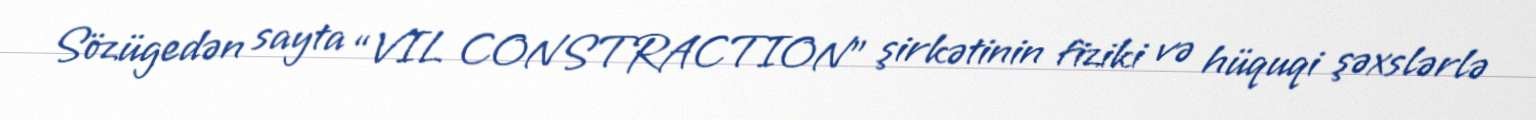
Sözügedən sayta “VIL CONSTRACTION” şirkətinin fiziki və hüquqi şəxslərlə